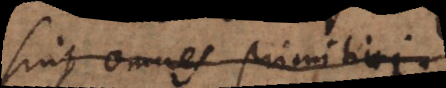
sunt omnes primi